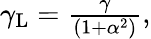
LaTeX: \begin{array}{r}{\gamma_{\mathrm{L}}=\frac{\gamma}{\left(1+\alpha^{2}\right)},}\end{array}